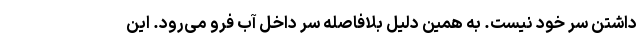
داشتن سر خود نیست. به همین دلیل بلافاصله سر داخل آب فرو می‌رود. این